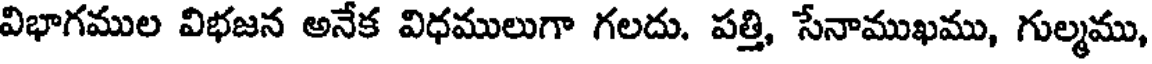
విభాగముల విభజన అనేక విధములుగా గలదు. పత్తి, సేనాముఖము, గుల్మము,